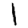
Digit: 1